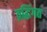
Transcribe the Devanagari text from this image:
व्रद्धिंगत